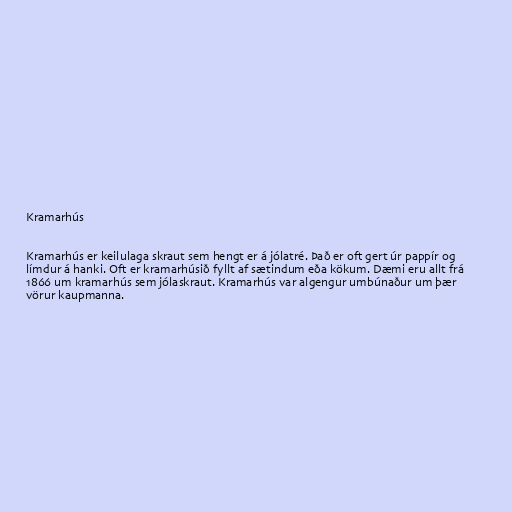
Kramarhús

Kramarhús er keilulaga skraut sem hengt er á jólatré. Það er oft gert úr pappír og
límdur á hanki. Oft er kramarhúsið fyllt af sætindum eða kökum. Dæmi eru allt frá
1866 um kramarhús sem jólaskraut. Kramarhús var algengur umbúnaður um þær
vörur kaupmanna.